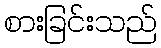
စားခြင်းသည်